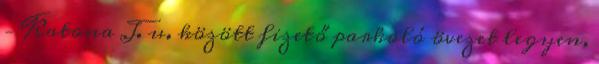
– Katona J. u. között fizető parkoló övezet legyen,